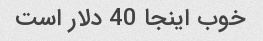
خوب اینجا 40 دلار است